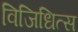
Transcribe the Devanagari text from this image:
विजिधित्स